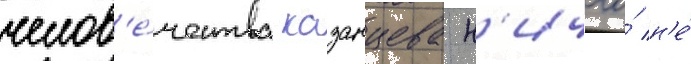
челов'е́чества казанцева н'ичего́ н'е́